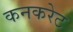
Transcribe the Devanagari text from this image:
कनकरेट